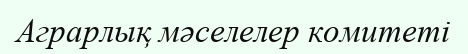
Аграрлық мәселелер комитеті